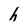
Character: h